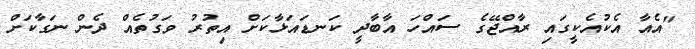
"އެއާ އެކުއެކީގައި ރާއްޖޭގެ ސައްހަ އާބާދީ ކަނޑައަޅާކަށް އިތުރު ވަގުތެއް ދެން ނަގާކަށް